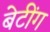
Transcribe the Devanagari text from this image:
बेटींग